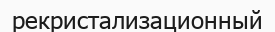
рекристализационный